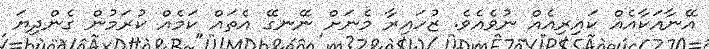
އޭނާއަކާއެއް ކައިރިއެއް ނުވެއެވެ. ޒުހައިރާ މެނަށް ނޭނގޭ އެތައް ކަމެއް ކުރަމުން ގެންދިޔަ